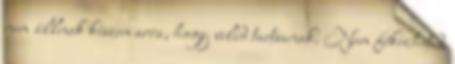
nem állnak készen arra, hogy veled tartsanak. Nem fékezheted